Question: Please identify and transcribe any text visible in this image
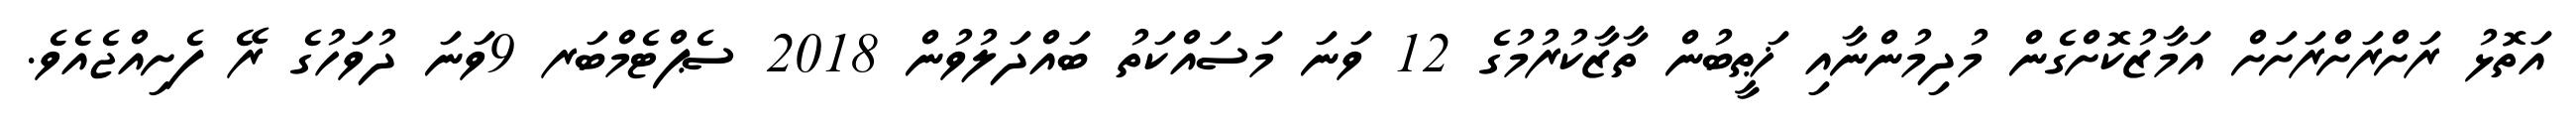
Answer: އަތޮޅު ރަށްރަށްރަށަށް އަމާޒުކޮށްގެން މުދިމުންނާއި ޚަޠީބުން ތާޒާކުރުމުގެ 12 ވަނަ މަސައްކަތު ބައްދަލުވުން 2018 ސެޕްޓެމްބަރ 9ވަނަ ދުވަހުގެ ރޭ ފެށިއްޖެއެވެ.